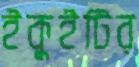
ইকুইটির